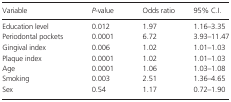
<table><thead><tr><td><b>Variable</b></td><td></td><td><b><i>P</i>‐value</b></td><td></td><td><b>Odds ratio</b></td><td></td><td><b>95% C.I.</b></td></tr></thead><tbody><tr><td>Education level</td><td></td><td>0.012</td><td></td><td>1.97</td><td></td><td>1.16–3.35</td></tr><tr><td>Periodontal pockets</td><td></td><td>0.0001</td><td></td><td>6.72</td><td></td><td>3.93–11.47</td></tr><tr><td>Gingival index</td><td></td><td>0.006</td><td></td><td>1.02</td><td></td><td>1.01–1.03</td></tr><tr><td>Plaque index</td><td></td><td>0.0001</td><td></td><td>1.02</td><td></td><td>1.01–1.03</td></tr><tr><td>Age</td><td></td><td>0.0001</td><td></td><td>1.06</td><td></td><td>1.03–1.08</td></tr><tr><td>Smoking</td><td></td><td>0.003</td><td></td><td>2.51</td><td></td><td>1.36–4.65</td></tr><tr><td>Sex</td><td></td><td>0.54</td><td></td><td>1.17</td><td></td><td>0.72–1.90</td></tr></tbody></table>